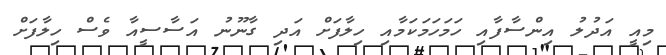
މިއީ އަދުލު އިންސާފާއި ހަމަހަމަކަމާއި ހިލާފަށް އަދި ގާނޫނު އަސާސީއާ ވެސް ހިލާފަށް